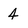
Character: 4